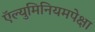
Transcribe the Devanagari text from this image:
ऍल्युमिनियमपेक्षा